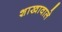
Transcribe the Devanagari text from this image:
शाखावाले